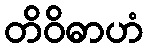
တိဝိဓာဟံ